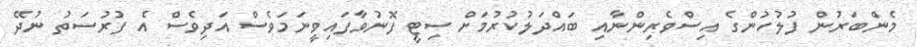
މެންބަރުން ފުލުހުންގެ އިސްވެރިންނާއި ބައްދަލުކުރުމަށް ސިޓީ ފޮނުވާފައިވީނަމަވެސް އަދިވެސް އެ ފުރުސަތު ނުދޭ